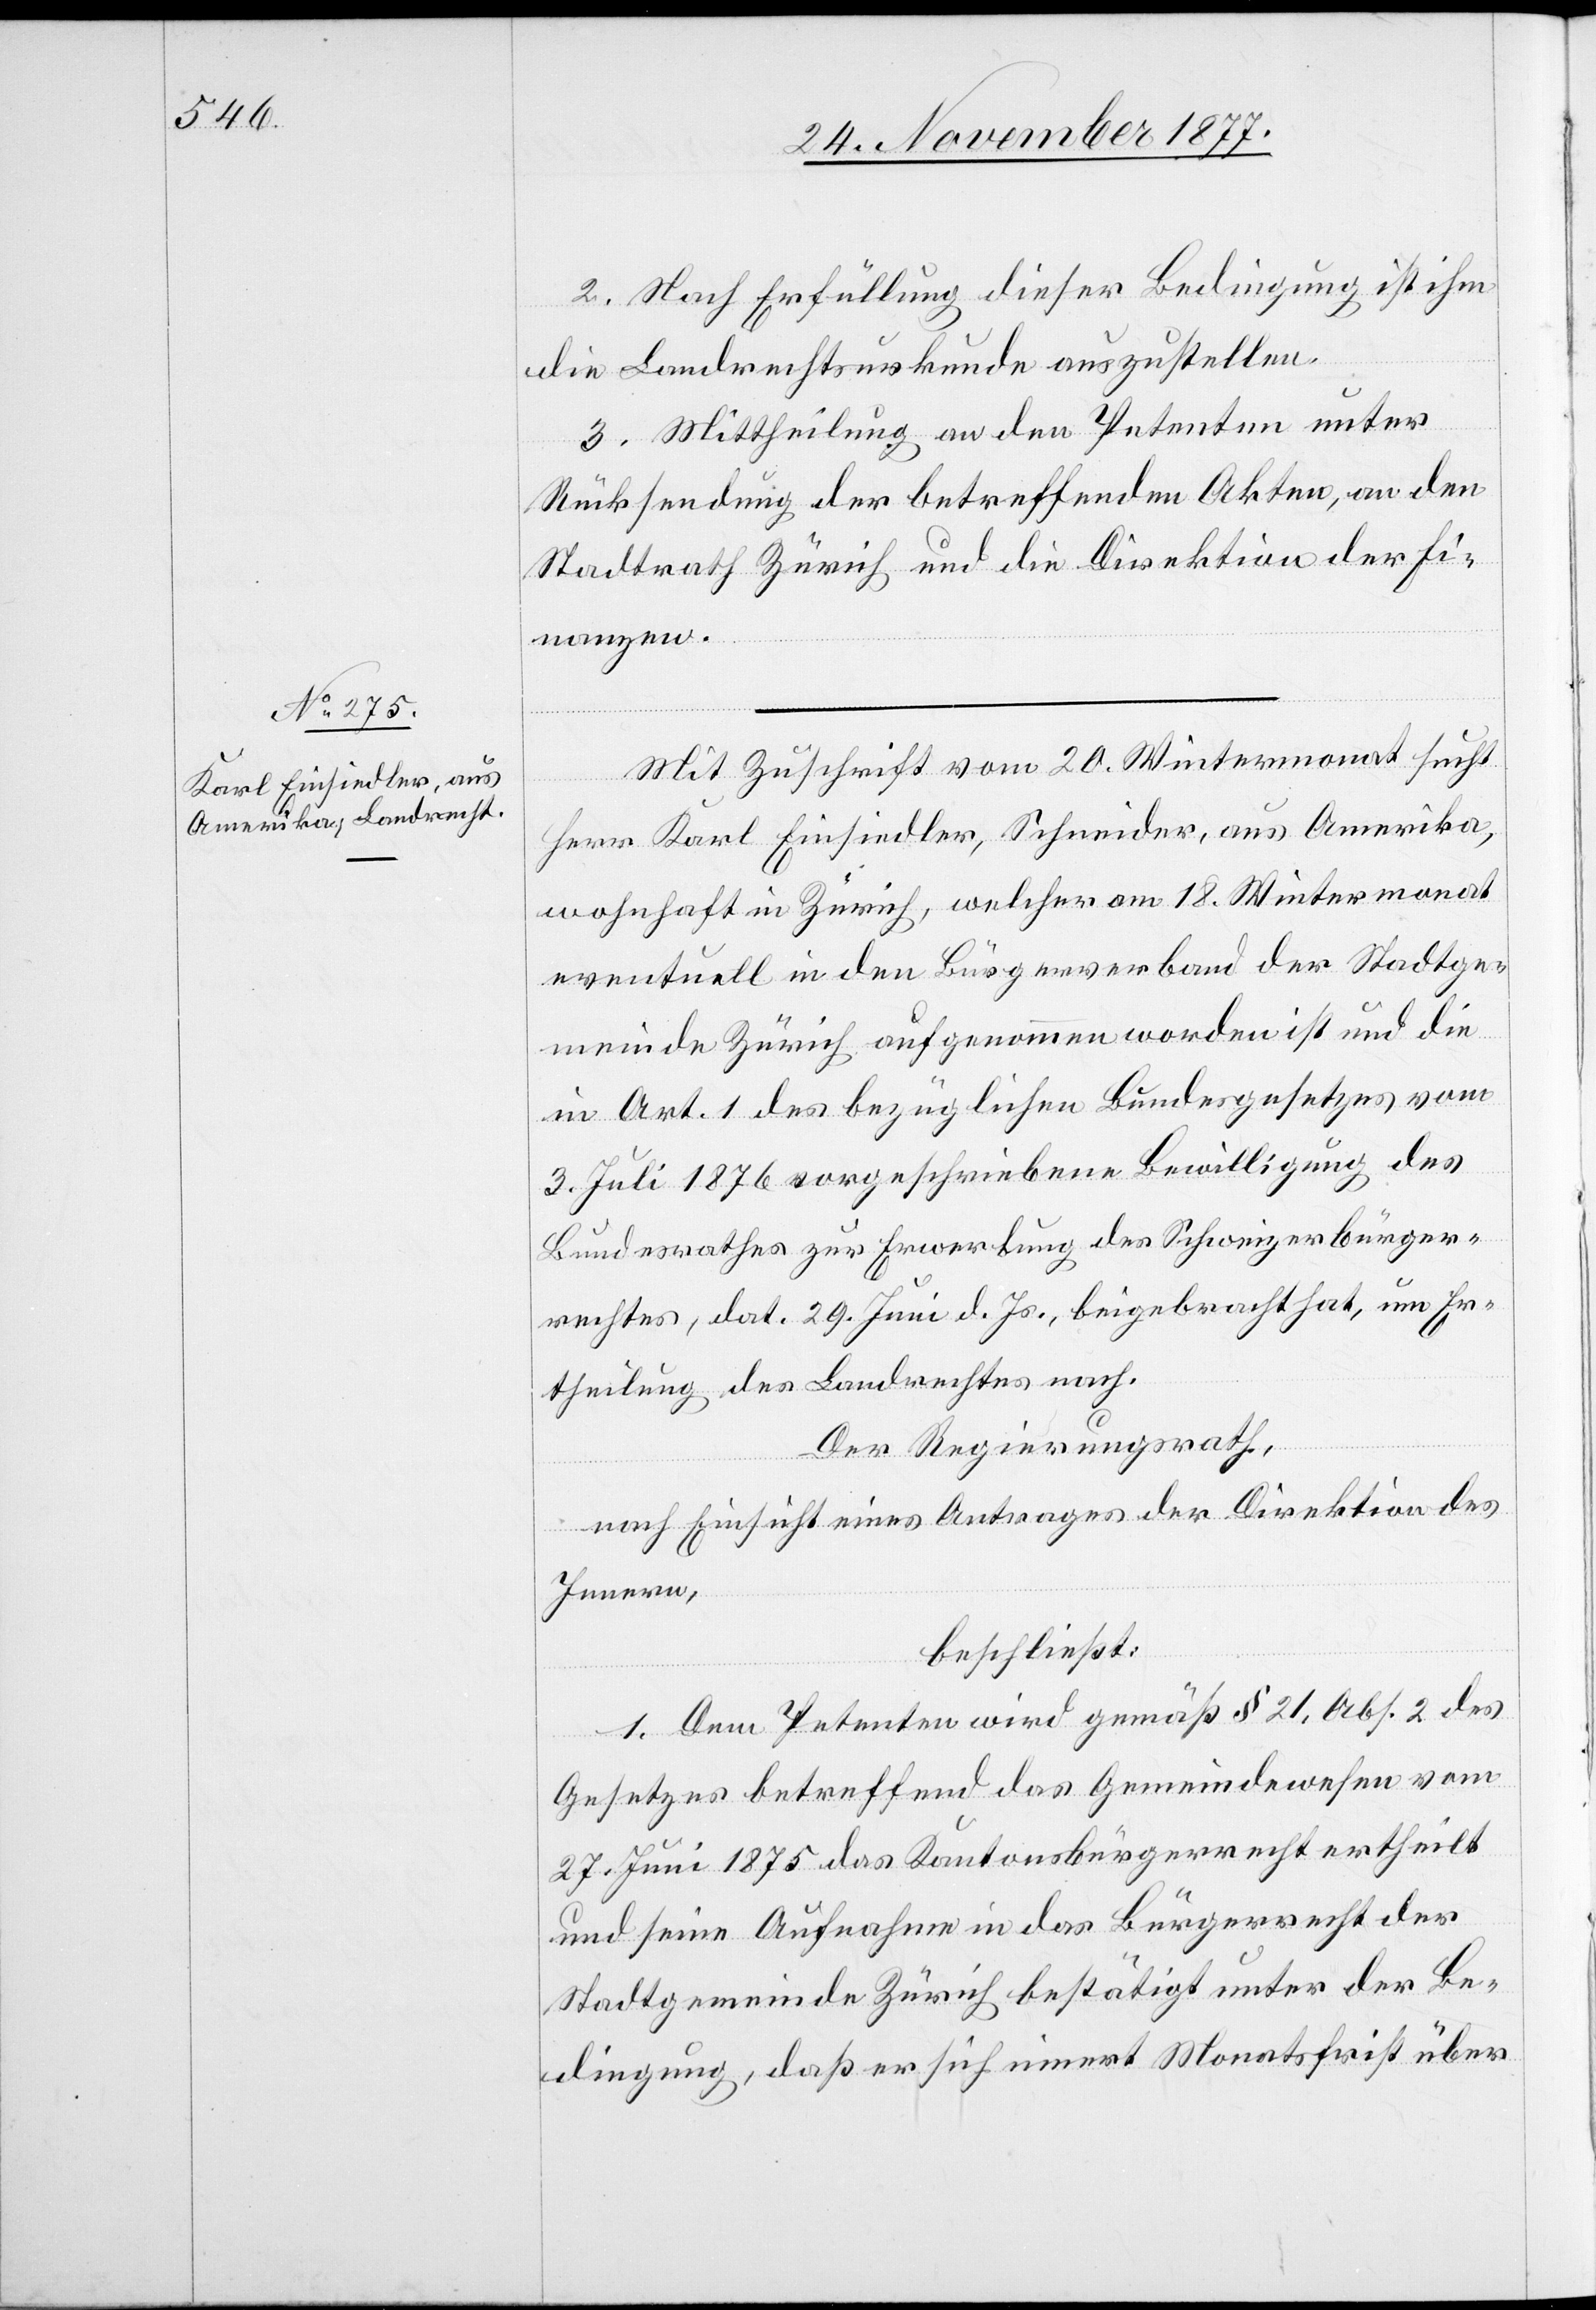
2. Nach Erfüllung dieser Bedingung ist ihm
die Landrechtsurkunde auszustellen.
3. Mittheilung an den Petenten unter
Rücksendung der betreffenden Akten, an den
Stadtrath Zürich und die Direktion der Fi¬
nanzen.
Mit Zuschrift vom 20. Wintermonat sucht
Herr Karl Einsiedler, Schneider, aus Amerika,
wohnhaft in Zürich, welcher am 18. Wintermonat
eventuell in den Bürgerverband der Stadtge¬
meinde Zürich aufgenommen worden ist und die
in Art. 1 des bezüglichen Bundesgesetzes vom
3. Juli 1876 vorgeschriebene Bewilligung des
Bundesrathes zur Erwerbung des Schweizerbürger¬
rechtes, dat. 29. Juni d. Js., beigebracht hat, um Er¬
theilung des Landrechtes nach.
Der Regierungsrath,
nach Einsicht eines Antrages der Direktion des
Innern,
beschließt:
1. Dem Petenten wird gemäß § 21, Abs. 2 des
Gesetzes betreffend das Gemeindewesen vom
27. Juni 1875 das Kantonsbürgerrecht ertheilt
und seine Aufnahme in das Bürgerrecht der
Stadtgemeinde Zürich bestätigt unter der Be¬
dingung, daß er sich innert Monatsfrist über